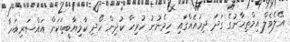
އޭލެވެލް އިމްތިހާނުގެ ގަދަ ދިހައެއްގައި ހިމެނުނު ހުރިހާ ކުދިން ހޯދި ކާމިޔާބީތަކަށް އައްސަރިބަހާ